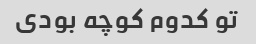
تو کدوم کوچه بودی